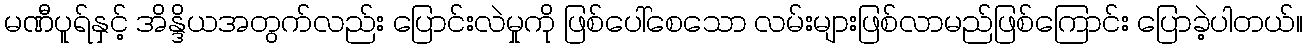
မဏီပူရ်နှင့် အိန္ဒိယအတွက်လည်း ပြောင်းလဲမှုကို ဖြစ်ပေါ်စေသော လမ်းများဖြစ်လာမည်ဖြစ်ကြောင်း ပြောခဲ့ပါတယ်။